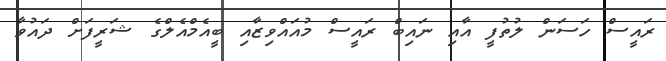
ރައީސް ހަސަން ލުތުފީ އާއި ނައިބް ރައީސް މުއައްވިޒާއި ބީއެމްއެލްގެ ޝަރީފަށް ދައުވާ